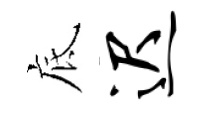
底迟